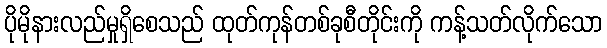
ပိုမိုနားလည်မှုရှိစေသည် ထုတ်ကုန်တစ်ခုစီတိုင်းကို ကန့်သတ်လိုက်သော